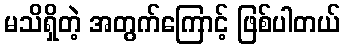
မသိရှိတဲ့ အတွက်ကြောင့် ဖြစ်ပါတယ်